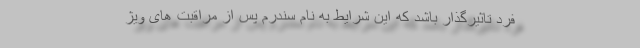
فرد تاثیرگذار باشد که این شرایط به نام سندرم پس از مراقبت های ویژ